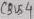
Text: CBUS4